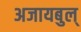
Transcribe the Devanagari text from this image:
अजायबुल्